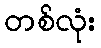
တစ်လုံး